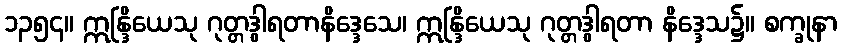
၁၃၅၄။ ဣန္ဒြိယေသု ဂုတ္တဒွါရတာနိဒ္ဒေသေ၊ ဣန္ဒြိယေသု ဂုတ္တဒွါရတာ နိဒ္ဒေသ၌။ စက္ခုနာ